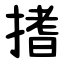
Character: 搘